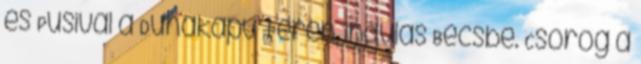
és Pusival a Dunakapu téren, indulás Bécsbe. Csörög a